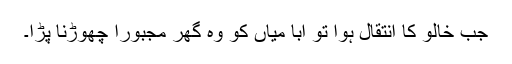
جب خالو کا انتقال ہوا تو ابا میاں کو وہ گھر مجبوراً چھوڑنا پڑا۔